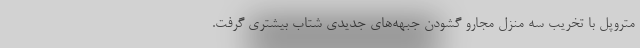
متروپل با تخریب سه منزل مجارو گشودن جبهه‌های جدیدی شتاب بیشتری گرفت.